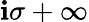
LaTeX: \mathbf{i}\sigma+\infty